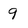
Character: 9